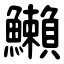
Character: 䲚